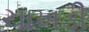
ચાખડી